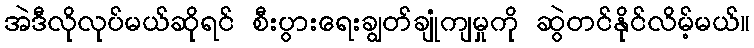
အဲဒီလိုလုပ်မယ်ဆိုရင် စီးပွားရေးချွတ်ချုံကျမှုကို ဆွဲတင်နိုင်လိမ့်မယ်။